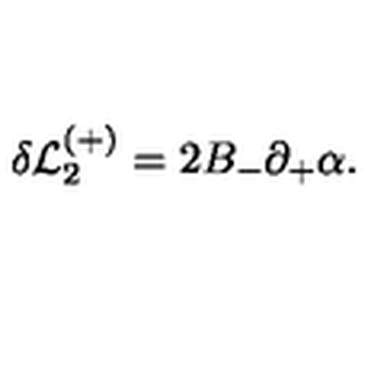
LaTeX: \delta { \cal L } _ { 2 } ^ { ( + ) } = 2 B _ { - } \partial _ { + } \alpha .